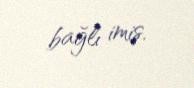
bağlı imiş.